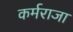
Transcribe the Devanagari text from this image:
कर्मराजा